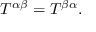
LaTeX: T ^ { \alpha \beta } = T ^ { \beta \alpha } .